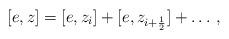
LaTeX: \begin{align*}[e,z]=[e,z_i]+[e,z_{i+\frac12}]+\dots\,,\end{align*}